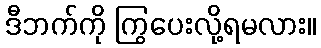
ဒီဘက်ကို ကြွပေးလို့ရမလား။